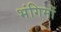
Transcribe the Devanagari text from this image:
भंगिमों